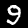
Digit: 9